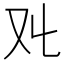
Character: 𠬜